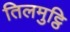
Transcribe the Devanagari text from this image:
तिलमुट्ठि